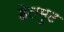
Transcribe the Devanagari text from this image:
हेलमुट